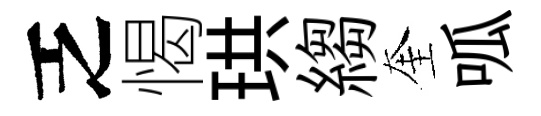
乏愒珙縐奎呱